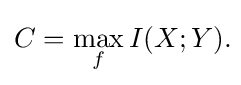
C=\max _{f}I(X;Y).\!